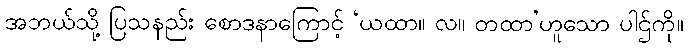
အဘယ်သို့ ပြသနည်း စောဒနာကြောင့် ‘ယထာ။ လ။ တထာ’ဟူသော ပါဌ်ကို။